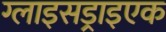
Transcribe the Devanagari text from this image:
ग्लाइसड्राइएक